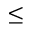
\leq